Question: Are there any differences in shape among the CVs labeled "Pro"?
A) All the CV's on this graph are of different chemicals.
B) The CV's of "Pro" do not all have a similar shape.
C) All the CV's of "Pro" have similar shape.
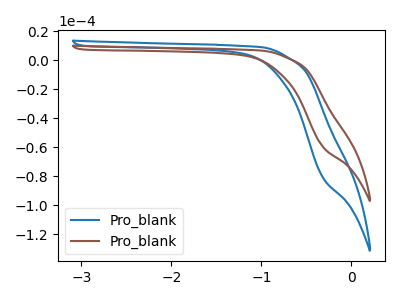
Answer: <think>The blue curve "Pro_blank1" has no peaks. The brown curve "Pro_blank2" has no peaks.
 Neither "Pro_blank1" or "Pro_blank2" have any peaks.</think>
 <answer>C) All the CV's of "Pro" have similar shape.</answer>
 <eval>C</eval>